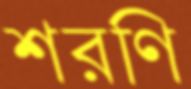
শরণি